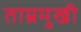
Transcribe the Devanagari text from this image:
ताम्रमुखी